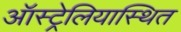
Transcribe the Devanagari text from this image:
ऑस्ट्रेलियास्थित